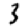
Digit: 3